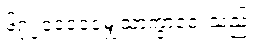
၆၇၂၀၀၀၀၀မျှသာကွာဝေးသည်။